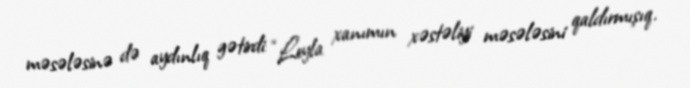
məsələsinə də aydınlıq gətirdi: “Leyla xanımın xəstəliyi məsələsini qaldırmışıq.